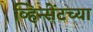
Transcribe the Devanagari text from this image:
व्हिन्सेंटच्या